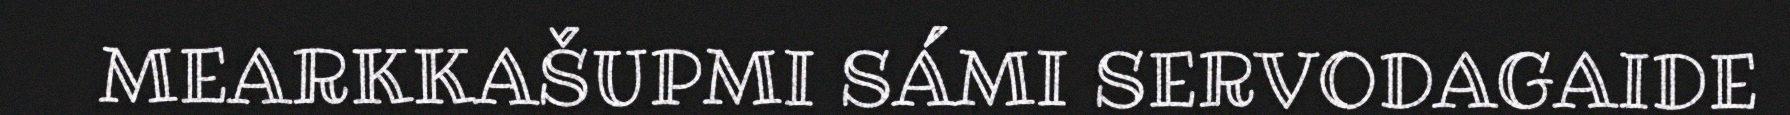
MEARKKAŠUPMI SÁMI SERVODAGAIDE